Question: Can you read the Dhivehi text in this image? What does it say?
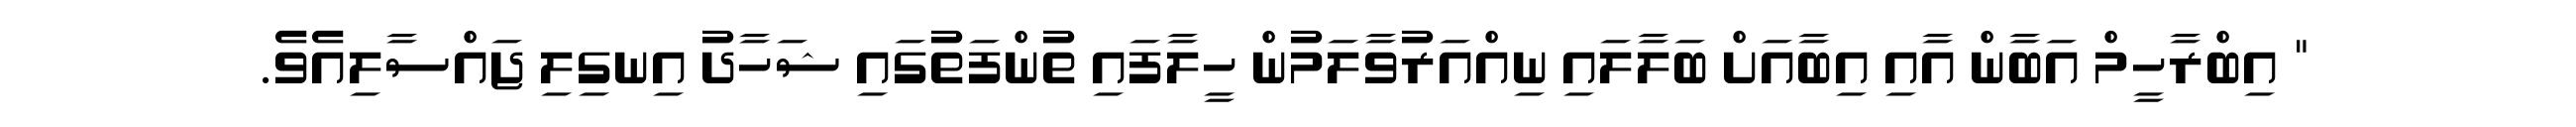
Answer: " އިބްރާހީމް އަބާން އާއި އިބާއަށް ބަލާލައި ނިއްއަރުވާލަމުން ހީލާފައި ތުންފަތުގައި ޝަހާދު އިނގިލި ޖައްސާލިއެވެ.